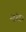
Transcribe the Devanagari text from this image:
नंदः